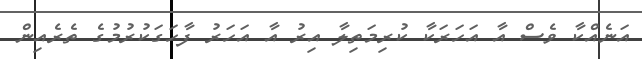
އަނެއްކާ ވެސް އާ އަހަރަކާ ކުރިމަތިލާ އިރު އާ އަހަރު ފާހަގަކުރުމުގެ ތެރެއިން